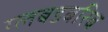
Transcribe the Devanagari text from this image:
ग्लबडबरिब